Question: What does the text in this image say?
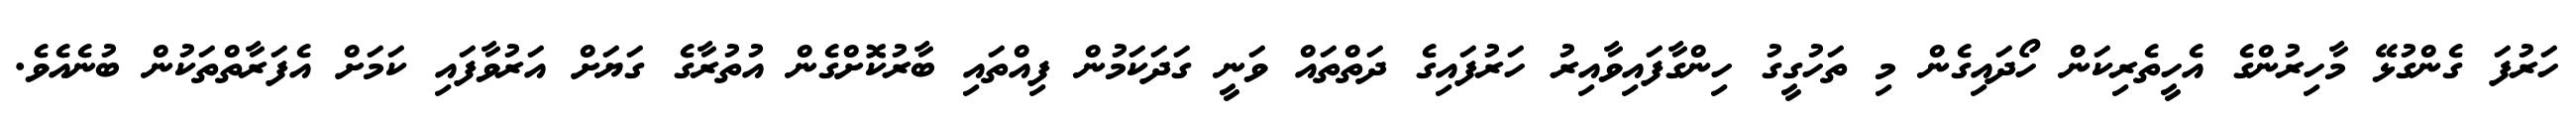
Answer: ހަރުފަ ގެންގުޅޭ މާހިރުންގެ އެހީތެރިކަން ހޯދައިގެން މި ތަހުގީގު ހިންގާފައިވާއިރު ހަރުފައިގެ ދަތްތައް ވަނީ ގަދަކަމުން ފިއްތައި ބާރުކޮށްގެން އުތުރާގެ ގަޔަށް އަރުވާފައި ކަމަށް އެފަރާތްތަކުން ބުނެއެވެ.